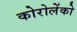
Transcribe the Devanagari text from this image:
कोरोलेंको